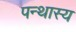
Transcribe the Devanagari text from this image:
पन्थास्य